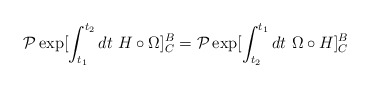
\begin{align*}{\cal P} \exp [\int_{t_1}^{t_2}dt \ H\circ \Omega]^B_C ={\cal P} \exp [\int_{t_2}^{t_1}dt \ \Omega \circ H]^B_C\end{align*}